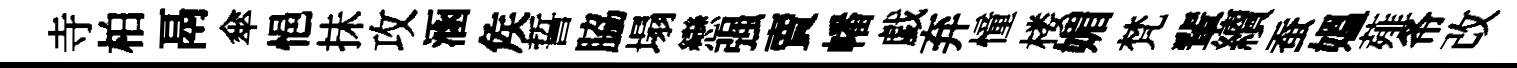
寺柏鬲傘悒抺攻涵矦誓脇塌戀强賣幡戯弃憧楼媚梵輩續蚕媪薤𢁙改